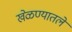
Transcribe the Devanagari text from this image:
खेळण्यातले